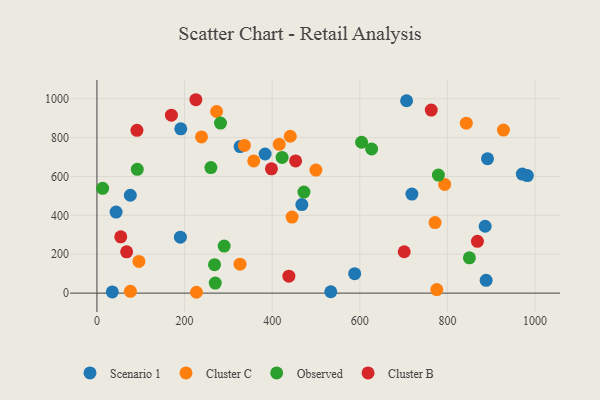
{"axis": {"x": "Distance", "y": "Demand"}, "legend": ["Cluster B", "Cluster C", "Observed", "Scenario 1"], "data": [{"x": "43.7", "y": 417.1, "type": "Scenario 1"}, {"x": "888.4", "y": 65.6, "type": "Scenario 1"}, {"x": "35.1", "y": 6.1, "type": "Scenario 1"}, {"x": "706.8", "y": 989.8, "type": "Scenario 1"}, {"x": "76.2", "y": 503.6, "type": "Scenario 1"}, {"x": "970.9", "y": 612.5, "type": "Scenario 1"}, {"x": "190.5", "y": 287.9, "type": "Scenario 1"}, {"x": "383.9", "y": 715.8, "type": "Scenario 1"}, {"x": "326.8", "y": 754.2, "type": "Scenario 1"}, {"x": "886.1", "y": 344.0, "type": "Scenario 1"}, {"x": "467.7", "y": 455.5, "type": "Scenario 1"}, {"x": "718.9", "y": 509.3, "type": "Scenario 1"}, {"x": "982.5", "y": 604.9, "type": "Scenario 1"}, {"x": "533.8", "y": 6.9, "type": "Scenario 1"}, {"x": "891.5", "y": 691.4, "type": "Scenario 1"}, {"x": "588.3", "y": 100.1, "type": "Scenario 1"}, {"x": "191.4", "y": 845.4, "type": "Scenario 1"}, {"x": "273.1", "y": 934.3, "type": "Cluster C"}, {"x": "95.8", "y": 163.0, "type": "Cluster C"}, {"x": "238.7", "y": 803.5, "type": "Cluster C"}, {"x": "336.6", "y": 760.1, "type": "Cluster C"}, {"x": "771.8", "y": 362.9, "type": "Cluster C"}, {"x": "441.3", "y": 807.1, "type": "Cluster C"}, {"x": "793.7", "y": 559.1, "type": "Cluster C"}, {"x": "445.4", "y": 391.2, "type": "Cluster C"}, {"x": "326.6", "y": 148.8, "type": "Cluster C"}, {"x": "927.9", "y": 839.0, "type": "Cluster C"}, {"x": "416.1", "y": 765.6, "type": "Cluster C"}, {"x": "499.8", "y": 633.0, "type": "Cluster C"}, {"x": "775.7", "y": 18.4, "type": "Cluster C"}, {"x": "357.9", "y": 680.1, "type": "Cluster C"}, {"x": "843.1", "y": 874.4, "type": "Cluster C"}, {"x": "76.4", "y": 9.1, "type": "Cluster C"}, {"x": "227.2", "y": 4.3, "type": "Cluster C"}, {"x": "604.1", "y": 776.1, "type": "Observed"}, {"x": "472.5", "y": 519.7, "type": "Observed"}, {"x": "779.4", "y": 607.5, "type": "Observed"}, {"x": "260.1", "y": 646.1, "type": "Observed"}, {"x": "268.4", "y": 146.4, "type": "Observed"}, {"x": "270.1", "y": 51.8, "type": "Observed"}, {"x": "422.6", "y": 698.3, "type": "Observed"}, {"x": "850.2", "y": 181.4, "type": "Observed"}, {"x": "13.0", "y": 539.2, "type": "Observed"}, {"x": "282.0", "y": 874.9, "type": "Observed"}, {"x": "92.1", "y": 636.8, "type": "Observed"}, {"x": "290.4", "y": 242.0, "type": "Observed"}, {"x": "627.0", "y": 741.6, "type": "Observed"}, {"x": "438.1", "y": 87.0, "type": "Cluster B"}, {"x": "398.3", "y": 639.3, "type": "Cluster B"}, {"x": "170.0", "y": 915.7, "type": "Cluster B"}, {"x": "763.1", "y": 941.6, "type": "Cluster B"}, {"x": "701.4", "y": 212.9, "type": "Cluster B"}, {"x": "225.8", "y": 995.0, "type": "Cluster B"}, {"x": "453.5", "y": 680.3, "type": "Cluster B"}, {"x": "54.4", "y": 289.8, "type": "Cluster B"}, {"x": "67.8", "y": 212.2, "type": "Cluster B"}, {"x": "91.3", "y": 837.5, "type": "Cluster B"}, {"x": "868.5", "y": 266.5, "type": "Cluster B"}]}